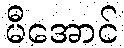
မီအောင်